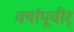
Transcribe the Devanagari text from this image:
वर्षापूवीर्